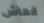
قماش